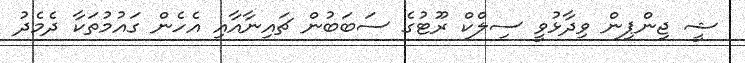
ޝީ ޖިންޕިން ވިދާޅުވީ ސިލްކް ރޫޓުގެ ސަބަބުން ޗައިނާއާއި އެހެން ގައުމުތަކާ ދެމެދު